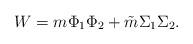
LaTeX: \begin{align*}W = m\Phi_1\Phi_2 + \tilde m \Sigma_1 \Sigma_2.\end{align*}